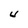
Character: U